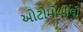
ઓટોમોબીલી